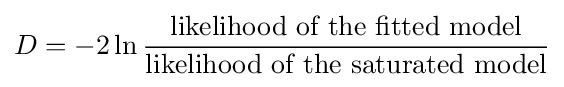
D=-2\ln {\frac {\text{likelihood of the fitted model}}{\text{likelihood of the saturated model}}}